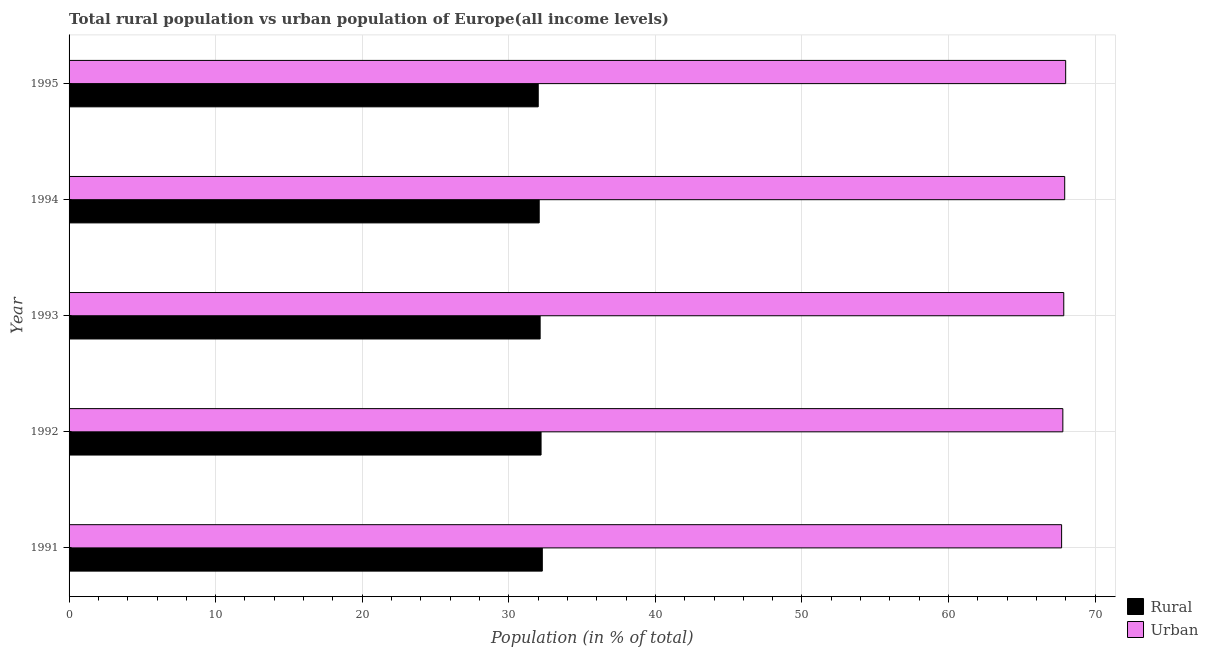
| Year | Rural | Urban |
 | --- | --- | --- |
 | 1991 | 32.3 | 67.7 |
 | 1992 | 32.2 | 67.8 |
 | 1993 | 32.1 | 67.9 |
 | 1994 | 32.1 | 67.9 |
 | 1995 | 32 | 68 |